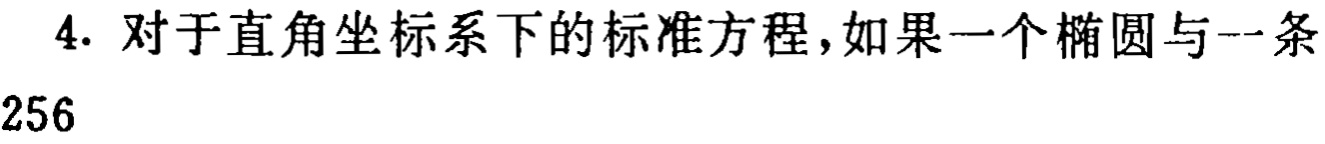
4. 对于直角坐标系下的标准方程，如果一个椭圆与一条

256